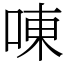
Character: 㖦